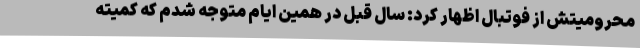
محرومیتش از فوتبال اظهار کرد: سال قبل در همین ایام متوجه شدم که کمیته